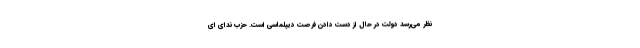
نظر می‌رسد دولت در حال از دست دادن فرصت دیپلماسی است. حزب ندای ای